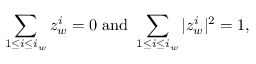
\sum _ { 1 \leq i \leq i _ { w } } z _ { w } ^ { i } = 0 \mathrm { ~ a n d ~ } \sum _ { 1 \leq i \leq i _ { w } } | z _ { w } ^ { i } | ^ { 2 } = 1 ,